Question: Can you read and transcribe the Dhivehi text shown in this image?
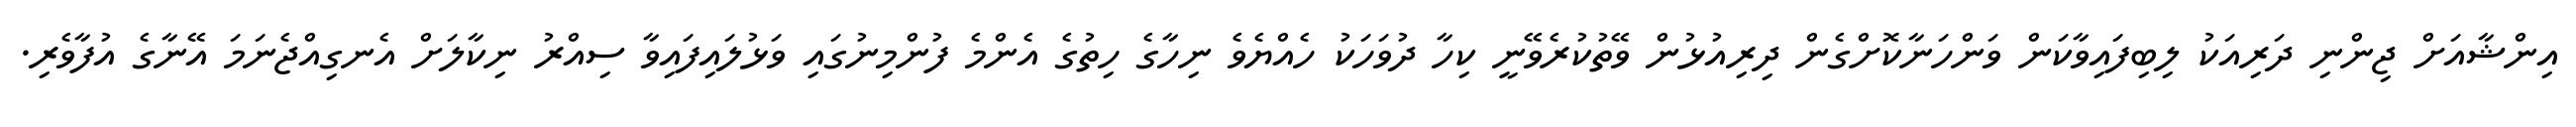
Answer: އިންޝާއަށް ޖިންނި ދަރިއަކު ލިބިފައިވާކަން ވަންހަނާކޮށްގެން ދިރިއުޅުން ވޭތުކުރެވޭނީ ކިހާ ދުވަހަކު ހެއްޔެވެ ނިހާގެ ހިތުގެ އެންމެ ފުންމިނުގައި ވަޅުލައިފައިވާ ސިއްރު ނިކާލަށް އެނގިއްޖެނަމަ އޭނާގެ އުފާވެރި.